Scottish Leaving Certificate Examination, 1957
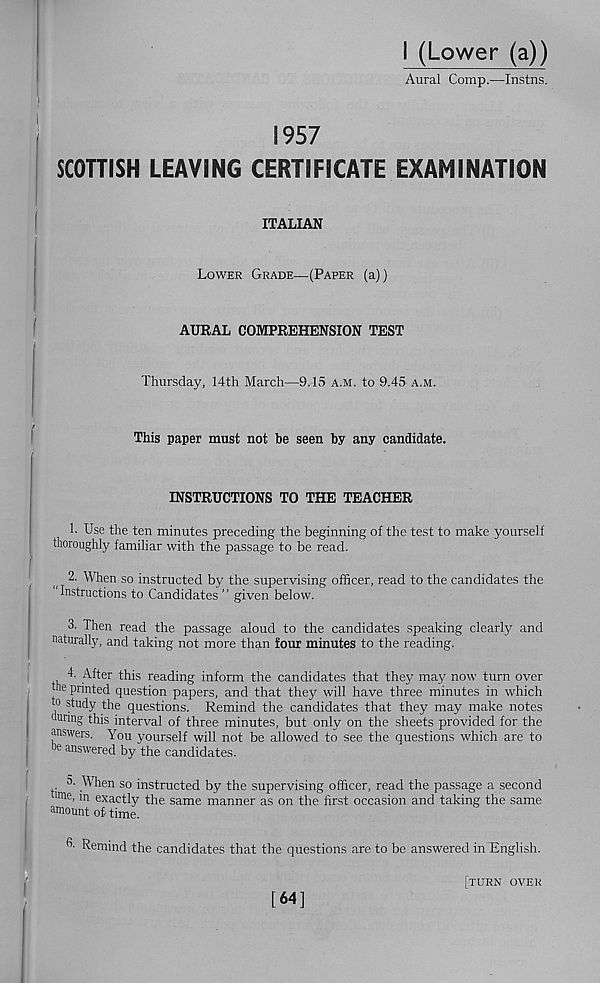
I (Lower (a))
Aural Comp.—Instns.
1957
SCOTTISH LEAVING CERTIFICATE EXAMINATION
ITALIAN
Lower Grade—(Paper (a))
AURAL COMPREHENSION TEST
Thursday, 14th March—9.15 a.m. to 9.45 a.m.
This paper must not be seen by any candidate.
INSTRUCTIONS TO THE TEACHER
1. Use the ten minutes preceding the beginning of the test to make yourself
thoroughly familiar with the passage to be read.
2. When so instructed by the supervising officer, read to the candidates the
Instructions to Candidates ” given below.
3. Then read the passage aloud to the candidates speaking clearly and
naturally, and taking not more than four minutes to the reading.
4. After this reading inform the candidates that they may now turn over
the printed question papers, and that they will have three minutes in which
to study the questions. Remind the candidates that they may make notes
ourmg this interval of three minutes, but only on the sheets provided for the
answers. You yourself will not be allowed to see the questions which are to
e answered by the candidates.
5. When so instructed by the supervising officer, read the passage a second
ime, in exactly the same manner as on the first occasion and taking the same
amount of time.
3- Remind the candidates that the questions are to be answered in English.
I
[64]
[turn over